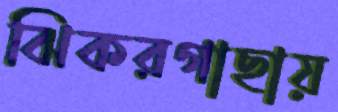
ঝিকরগাছায়